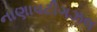
નાણાવટીગઝલ